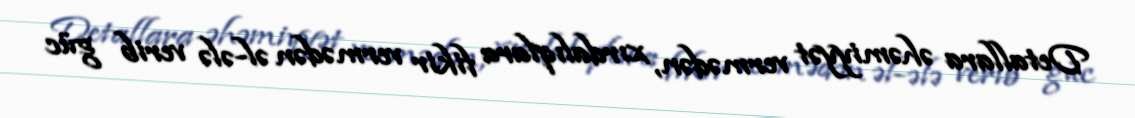
Detallara əhəmiyyət vermədən, xırdalıqlara fikir vermədən əl-ələ verib güc